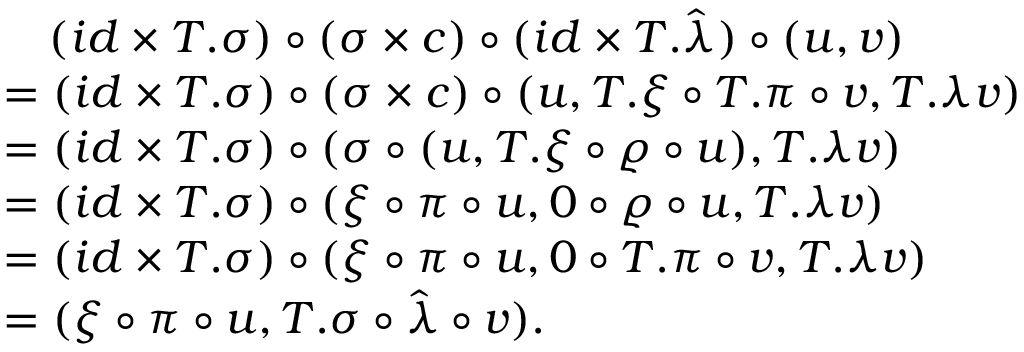
\begin{array} { r l } & { \quad ( i d \times T . \sigma ) \circ ( \sigma \times c ) \circ ( i d \times T . \hat { \lambda } ) \circ ( u , v ) } \\ & { = ( i d \times T . \sigma ) \circ ( \sigma \times c ) \circ ( u , T . \xi \circ T . \pi \circ v , T . \lambda v ) } \\ & { = ( i d \times T . \sigma ) \circ ( \sigma \circ ( u , T . \xi \circ \varrho \circ u ) , T . \lambda v ) } \\ & { = ( i d \times T . \sigma ) \circ ( \xi \circ \pi \circ u , 0 \circ \varrho \circ u , T . \lambda v ) } \\ & { = ( i d \times T . \sigma ) \circ ( \xi \circ \pi \circ u , 0 \circ T . \pi \circ v , T . \lambda v ) } \\ & { = ( \xi \circ \pi \circ u , T . \sigma \circ \hat { \lambda } \circ v ) . } \end{array}